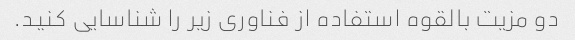
دو مزیت بالقوه استفاده از فناوری زیر را شناسایی کنید.